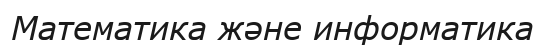
Математика және информатика